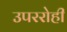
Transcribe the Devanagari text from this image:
उपररोही